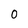
Character: 0